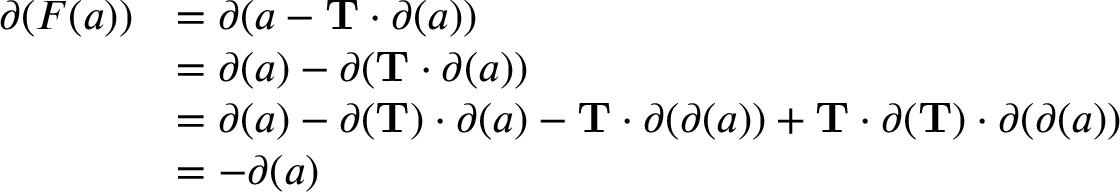
\begin{array} { r l } { \partial ( F ( a ) ) } & { = \partial ( a - \mathbf T \cdot \partial ( a ) ) } \\ & { = \partial ( a ) - \partial ( \mathbf T \cdot \partial ( a ) ) } \\ & { = \partial ( a ) - \partial ( \mathbf T ) \cdot \partial ( a ) - \mathbf T \cdot \partial ( \partial ( a ) ) + \mathbf T \cdot \partial ( \mathbf T ) \cdot \partial ( \partial ( a ) ) } \\ & { = - \partial ( a ) } \end{array}